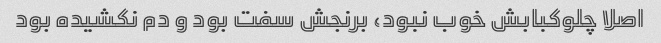
اصلا چلوکبابش خوب نبود، برنجش سفت بود و دم نکشیده بود